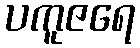
ပကူဇရေ